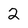
Character: 2